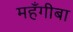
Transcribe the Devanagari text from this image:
महँगीबा